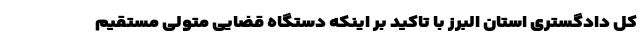
کل دادگستری استان البرز با تاکید بر اینکه دستگاه قضایی متولی مستقیم